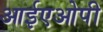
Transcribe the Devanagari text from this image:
आईएओपी